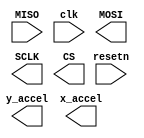
`timescale 1ns / 1ps
//////////////////////////////////////////////////////////////////////////////////
// Company: 
// Engineer: 
// 
// Design Name: 
// Module Name: accelerometer_reader
// Project Name: 
// Target Devices: 
// Tool Versions: 
// Description: 
// 
// Dependencies: 
// 
// Revision:
// Revision 0.01 - File Created
// Additional Comments:
// 
//////////////////////////////////////////////////////////////////////////////////


module accelerometer_reader(
    input MISO,
    input clk,
    input resetn,
    output MOSI,
    output SCLK,
    output CS,
    output y_accel,
    output x_accel
    );
endmodule